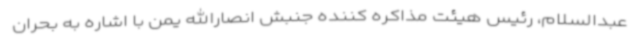
عبدالسلام، رئیس هیئت مذاکره کننده جنبش انصارالله یمن با اشاره به بحران